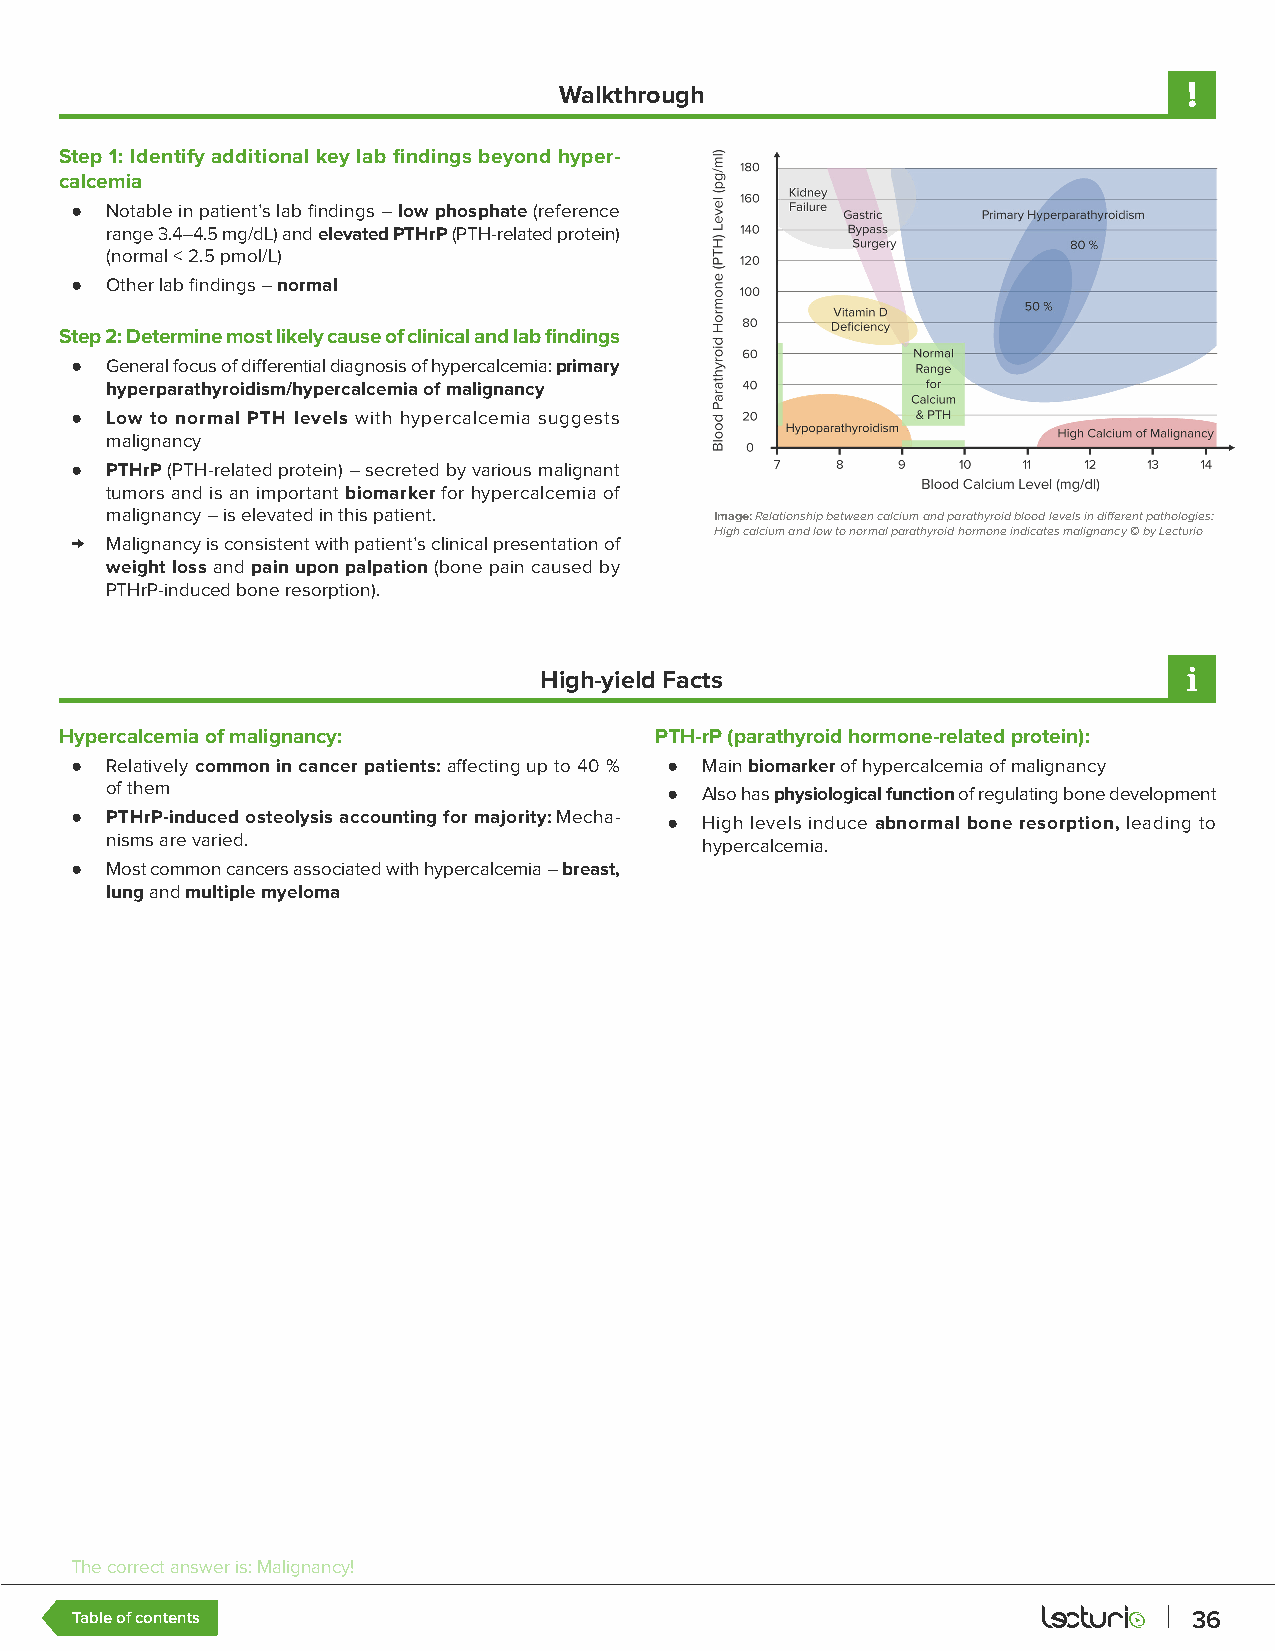
Walkthrough
 Step 1: Identify additional key lab findings beyond hyper-
 calcemia
 ● Notable in patient’s lab findings – low phosphate (reference
 range 3.4–4.5 mg/dL) and elevated PTHrP (PTH-related protein)
 (normal < 2.5 pmol/L)
 ● Other lab findings – normal
 Step 2: Determine most likely cause of clinical and lab findings
 ● General focus of differential diagnosis of hypercalcemia: primary
 hyperparathyroidism/hypercalcemia of malignancy
 ● Low to normal PTH levels with hypercalcemia suggests
 malignancy
 ● PTHrP (PTH-related protein) – secreted by various malignant
 tumors and is an important biomarker for hypercalcemia of
 malignancy – is elevated in this patient. Image: Relationship between calcium and parathyroid blood levels in different pathologies:
 High calcium and low to normal parathyroid hormone indicates malignancy © by Lecturio
 → Malignancy is consistent with patient’s clinical presentation of
 weight loss and pain upon palpation (bone pain caused by
 PTHrP-induced bone resorption).
 High-yield Facts
 Hypercalcemia of malignancy:           PTH-rP (parathyroid hormone-related protein):
 ● Relatively common in cancer patients: affecting up to 40 % ● Main biomarker of hypercalcemia of malignancy
 of them                              ● Also has physiological function of regulating bone development
 ● PTHrP-induced osteolysis accounting for majority: Mecha- ● High levels induce abnormal bone resorption, leading to
 nisms are varied.                      hypercalcemia.
 ● Most common cancers associated with hypercalcemia – breast,
 lung and multiple myeloma
 The correct answer is: Malignancy!
 Table of contents                                                         36